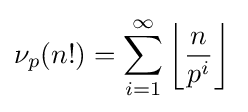
\nu _{p}(n!)=\sum _{i=1}^{\infty {}}{\left\lfloor {\frac {n}{p^{i}}}\right\rfloor {}}